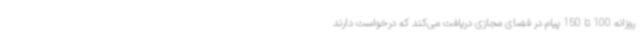
روزانه 100 تا 150 پیام در فضای مجازی دریافت می‌کند که درخواست دارند